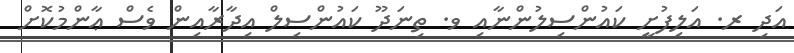
އަދި ރ. އަލިފުށީ ކައުންސިލުންނާއި ވ. ތިނަދޫ ކައުންސިލް އިދާރާއިން ވެސް ޢާންމުކޮށް